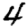
Digit: 4